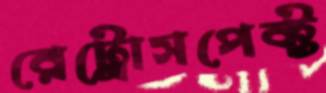
রেট্রোসপেক্ট